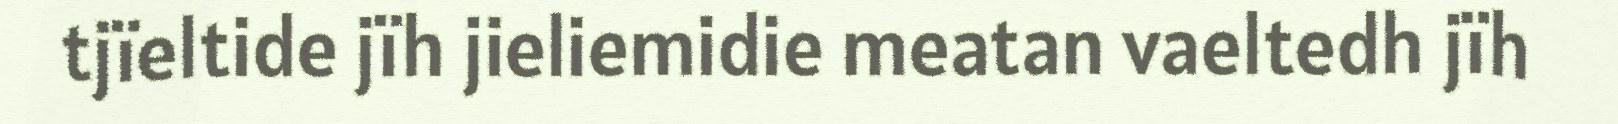
tjïeltide jïh jieliemidie meatan vaeltedh jïh